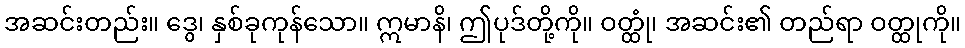
အဆင်းတည်း။ ဒွေ၊ နှစ်ခုကုန်သော။ ဣမာနိ၊ ဤပုဒ်တို့ကို။ ဝတ္ထုံ၊ အဆင်း၏ တည်ရာ ဝတ္ထုကို။